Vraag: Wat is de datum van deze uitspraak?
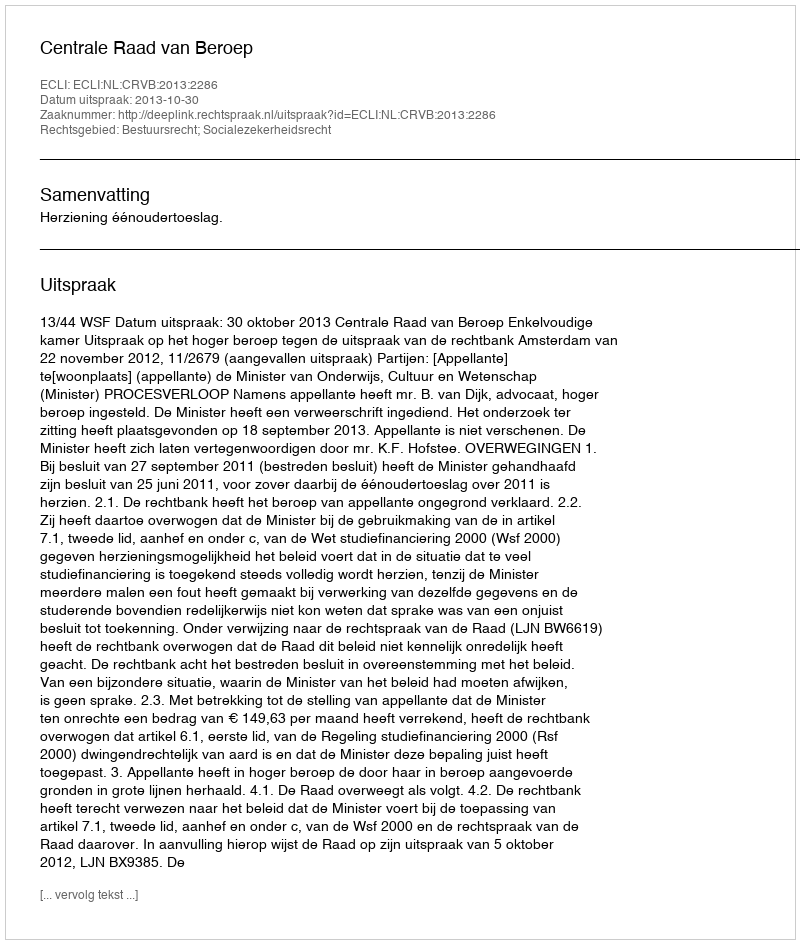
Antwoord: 2013-10-30